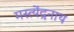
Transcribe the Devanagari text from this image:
मस्त्येंद्रनाथ